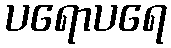
ပရောပရေ